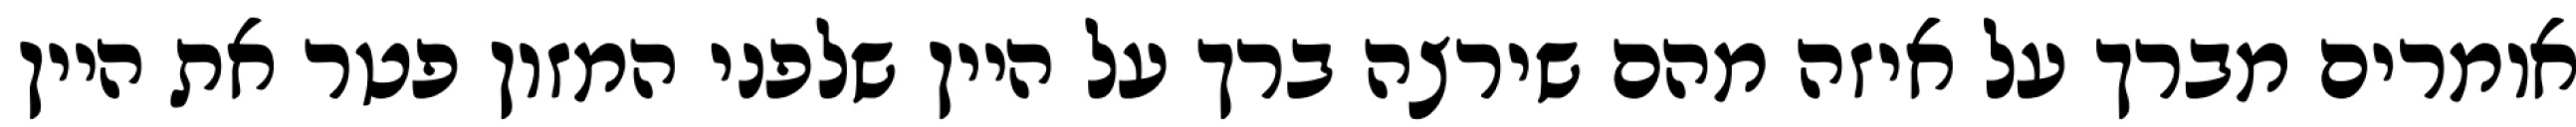
אומרים מברך על איזה מהם שירצה ברך על היין שלפני המזון פטר את היין